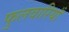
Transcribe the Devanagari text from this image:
फुलवारियाँ